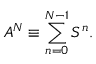
A ^ { N } \equiv \sum _ { n = 0 } ^ { N - 1 } S ^ { n } .